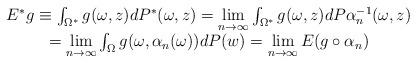
LaTeX: \begin{align*}\begin{array}{c} E^*g\equiv\int_{\Omega^*}g(\omega, z)dP^*(\omega, z)=\lim\limits_{n\to\infty}\int_{\Omega^*}g(\omega, z)dP\alpha_n^{-1}(\omega, z) \\ =\lim\limits_{n\to\infty}\int_{\Omega}g(\omega, \alpha_n(\omega))dP(w)=\lim\limits_{n\to\infty}E(g\circ\alpha_n)\end{array} \end{align*}